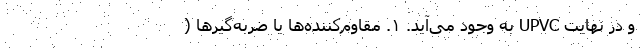
و در نهایت UPVC به وجود می‌آید. ۱. مقاوم‌کننده‌ها یا ضربه‌گیرها (